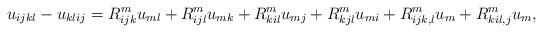
LaTeX: \begin{align*}u_{ijkl} - u_{klij} = R^m_{ijk} u_{ml} + R^m_{ijl} u_{mk} + R^m_{kil} u_{mj} + R^m_{kjl} u_{mi} + R^m_{ijk,l} u_m + R^m_{kil,j} u_m,\end{align*}